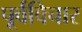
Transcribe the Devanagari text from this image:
पूर्वविचार